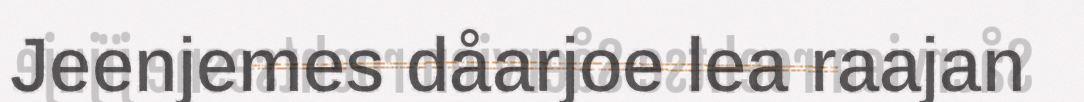
Jeenjemes dåarjoe lea raajan